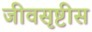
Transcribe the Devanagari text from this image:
जीवसृष्टीस